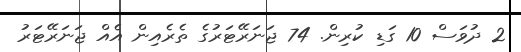
2 ދުވަސް 10 ގަޑި ކުރިން. 74 ޖަނަރޭޓަރުގެ ތެރެއިން އެއް ޖަނަރޭޓަރު